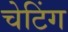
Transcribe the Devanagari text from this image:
चेटिंग